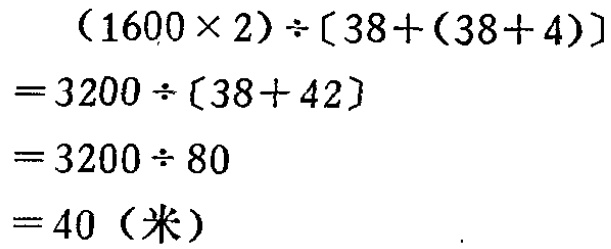
\[
\begin{align*}
&(1600\times 2)\div[38+(38 + 4)]\\
=&3200\div[38 + 42]\\
=&3200\div 80\\
=&40（米）
\end{align*}
\]